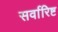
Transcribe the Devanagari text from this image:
सर्वारिष्ट